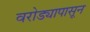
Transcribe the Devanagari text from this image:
वरोड्यापासून